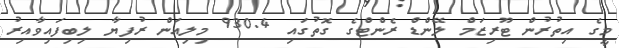
މީގެ އިތުރުން ޓޫރިޒަމް ލޭންޑް ރެންޓްގެ ގޮތުގައި 930.4 މިލިއަން ރުފިޔާ ލިބިފައިވާއިރު